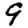
Digit: 9